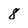
Character: 8